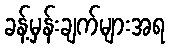
ခန့်မှန်းချက်များအရ